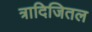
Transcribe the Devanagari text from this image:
त्रादिजितल